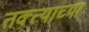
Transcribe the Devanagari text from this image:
तक्त्याच्या